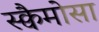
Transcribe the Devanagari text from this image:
स्क्वैमोसा